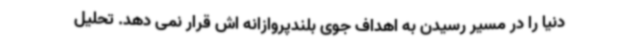
دنیا را در مسیر رسیدن به اهداف جوی بلندپروازانه اش قرار نمی دهد. تحلیل